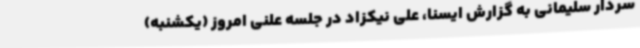
سردار سلیمانی به گزارش ایسنا، علی نیکزاد در جلسه علنی امروز (یکشنبه)